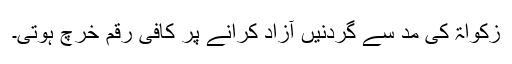
زکواۃ کی مد سے گردنیں آزاد کرانے پر کافی رقم خرچ ہوتی۔